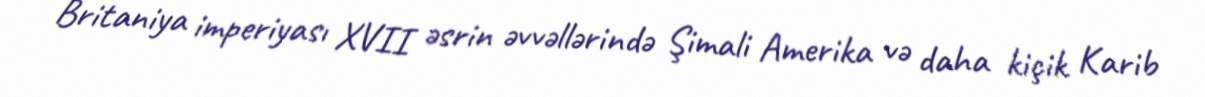
Britaniya imperiyası XVII əsrin əvvəllərində Şimali Amerika və daha kiçik Karib